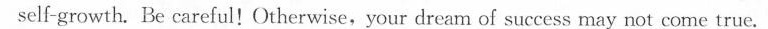
self-growth. Be careful! Otherwise,your dream of success may not come true.